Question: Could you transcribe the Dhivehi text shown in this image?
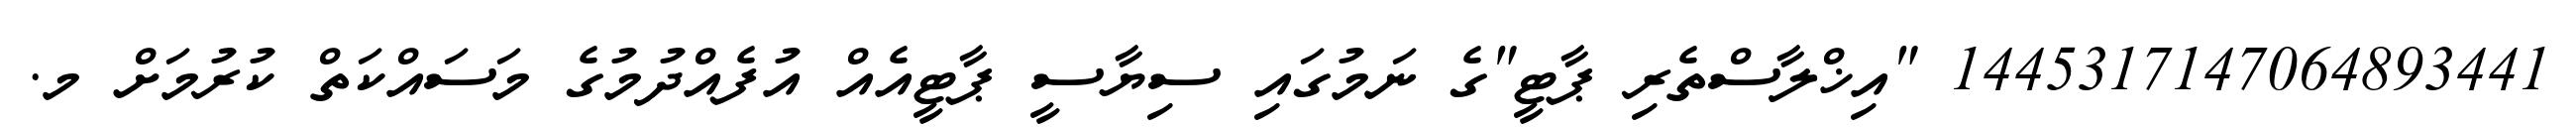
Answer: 1445317147064893441 "އިޚްލާސްތެރި ޕާޓީ"ގެ ނަމުގައި ސިޔާސީ ޕާޓީއެއް އުފެއްދުމުގެ މަސައްކަތް ކުރުމަށް މ.